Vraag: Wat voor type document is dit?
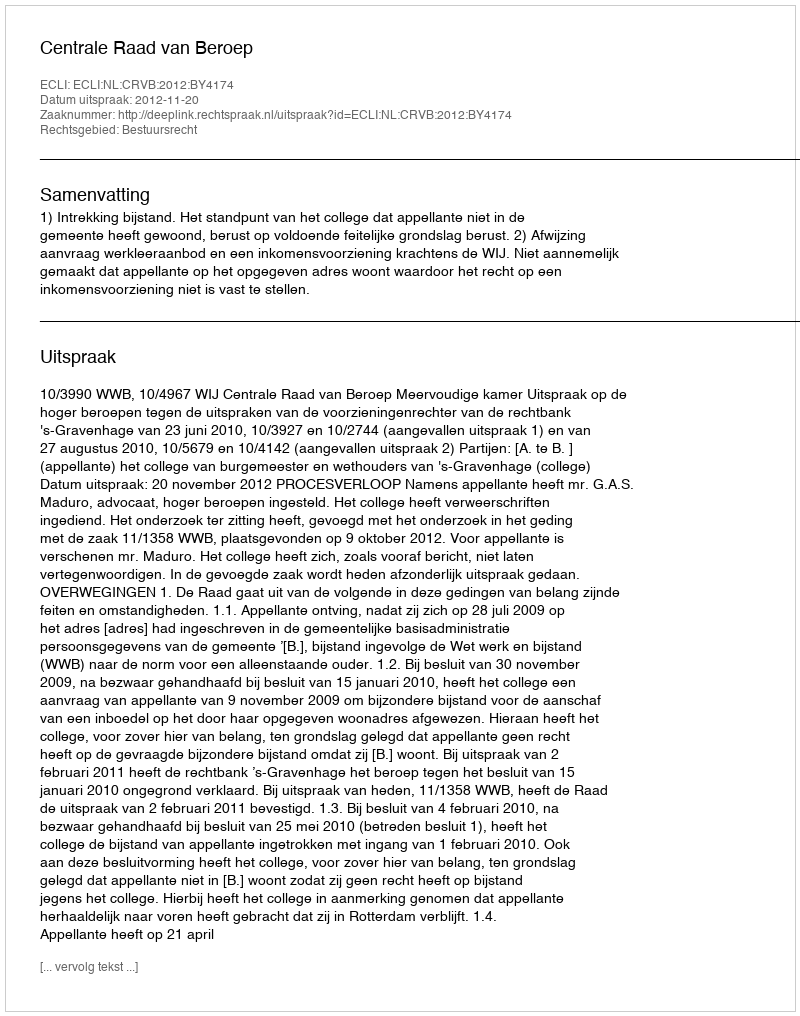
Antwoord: Uitspraak